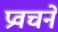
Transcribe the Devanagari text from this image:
प्रवचनें